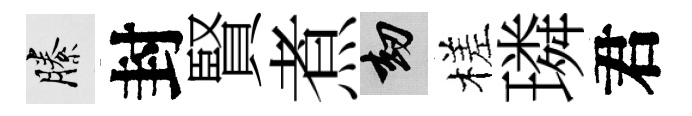
縢封賢煮劫槎璘君